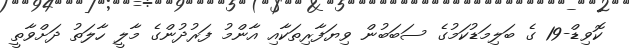
ކޮވިޑް-19 ގެ ބަލިމަޑުކަމުގެ ސަބަބުން ވިޔަފާރިތަކާއި އާންމު ފަރުދުންގެ މާލީ ހާލަތު ދަށްވާތީ